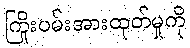
ကြိုးပမ်းအားထုတ်မှုကို